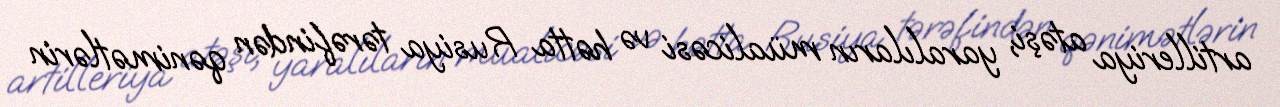
artilleriya atəşi, yaralıların müalicəsi və hətta Rusiya tərəfindən qənimətlərin